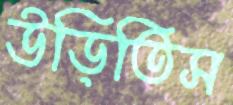
উড়িতিস